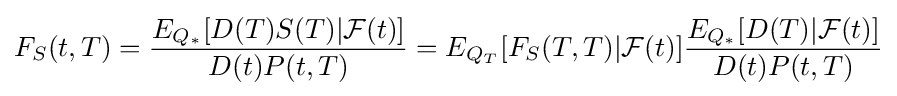
F_{S}(t,T)={\frac {E_{Q_{*}}[D(T)S(T)|{\mathcal {F}}(t)]}{D(t)P(t,T)}}=E_{Q_{T}}[F_{S}(T,T)|{\mathcal {F}}(t)]{\frac {E_{Q_{*}}[D(T)|{\mathcal {F}}(t)]}{D(t)P(t,T)}}